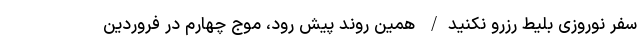
سفر نوروزی بلیط رزرو نکنید/ همین روند پیش رود، موج چهارم در فروردین